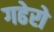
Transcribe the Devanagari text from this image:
गढेरो